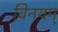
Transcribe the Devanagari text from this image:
विनयम्